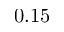
0 . 1 5